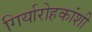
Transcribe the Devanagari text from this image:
गिर्यारोहकांशी